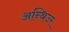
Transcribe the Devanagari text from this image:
अन्थिउर